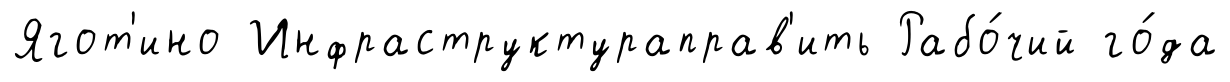
Ягот'ино Инфраструктураправ'ить Рабо́чий го́да